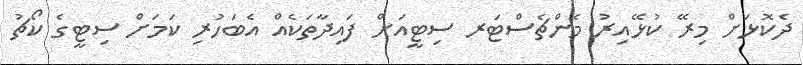
ދެކޮޅަށް މިރޭ ކުޅޭއިރު މެންޗެސްޓަރ ސިޓީއަށް ފައިދާތަކެއް އެބަހުރި ކަމަށް ސިޓީގެ ކޯޗު